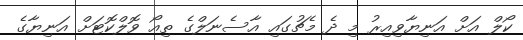
ކޯލް އަށް އަނިޔާވިއިރު މި ދެ މެޗުގައި އާސެނަލްގެ ތިއޯ ވޮލްކޮޓަށް އަނިޔާގެ